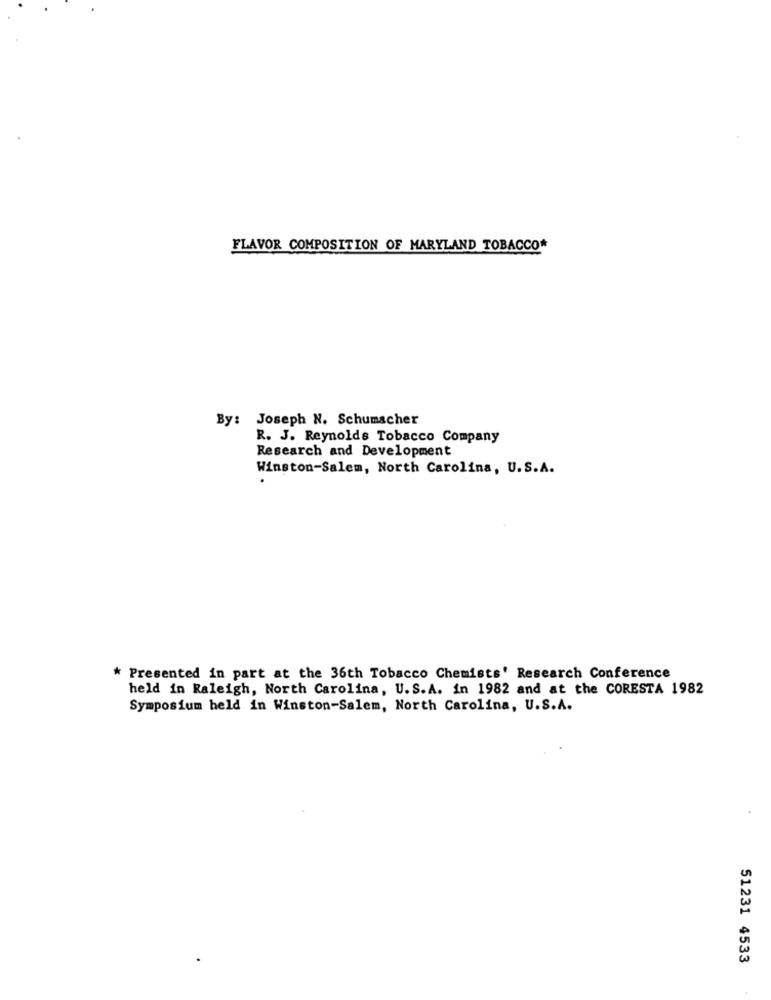
FLAVOR COMPOSITION OF MARYLAND TOBACCO*
By:
Joseph N. Schumacher
R. J. Reynolds Tobacco Company
Research and Development
Winston-Salem, North Carolina, U.S.A.
* Presented in part at the 36th Tobacco Chemists' Research Conference
held in Raleigh, North Carolina, U.S.A. in 1982 and at the CORESTA 1982
Symposium held in Winston-Salem, North Carolina, U.S.A.
51231 4533